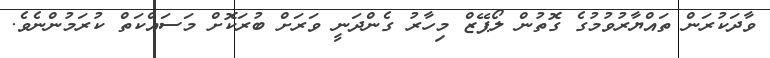
ވާދަކުރަން ތައްޔާރުވުމުގެ ގޮތުން ލޯޕޭޒް މިހާރު ގެންދަނީ ވަރަށް ބުރަކޮށް މަސައްކަތް ކުރަމުންނެވެ.